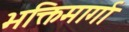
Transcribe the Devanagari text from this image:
भक्तिमार्गा